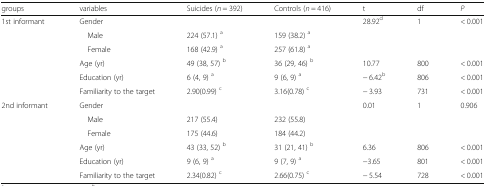
| groups | variables | Suicides (n = 392) | Controls (n = 416) | t | df | P |
 | --- | --- | --- | --- | --- | --- | --- |
 | <ROWSPAN=6> 1st informant | Gender |  |  | 28.92d | 1 | < 0.001 |
 | Male | 224 (57.1) a | 159 (38.2) a |  |  |  |
 | Female | 168 (42.9) a | 257 (61.8) a |  |  |  |
 | Age (yr) | 49 (38, 57) b | 36 (29, 46) b | 10.77 | 800 | < 0.001 |
 | Education (yr) | 6 (4, 9) a | 9 (6, 9) a | − 6.42b | 806 | < 0.001 |
 | Familiarity to the target | 2.90(0.99) c | 3.16(0.78) c | − 3.93 | 731 | < 0.001 |
 | <ROWSPAN=6> 2nd informant | Gender |  |  | 0.01 | 1 | 0.906 |
 | Male | 217 (55.4) | 232 (55.8) |  |  |  |
 | Female | 175 (44.6) | 184 (44.2) |  |  |  |
 | Age (yr) | 43 (33, 52) b | 31 (21, 41) b | 6.36 | 806 | < 0.001 |
 | Education (yr) | 9 (6, 9) a | 9 (7, 9) a | −3.65 | 801 | < 0.001 |
 | Familiarity to the target | 2.34(0.82) c | 2.66(0.75) c | − 5.54 | 728 | < 0.001 |